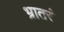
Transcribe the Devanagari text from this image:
भ्रातरं